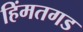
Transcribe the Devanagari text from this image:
हिंमतगड